Civil Veterinary Department Bengal reports 1933-51 - 1933-1951
Year: 1933
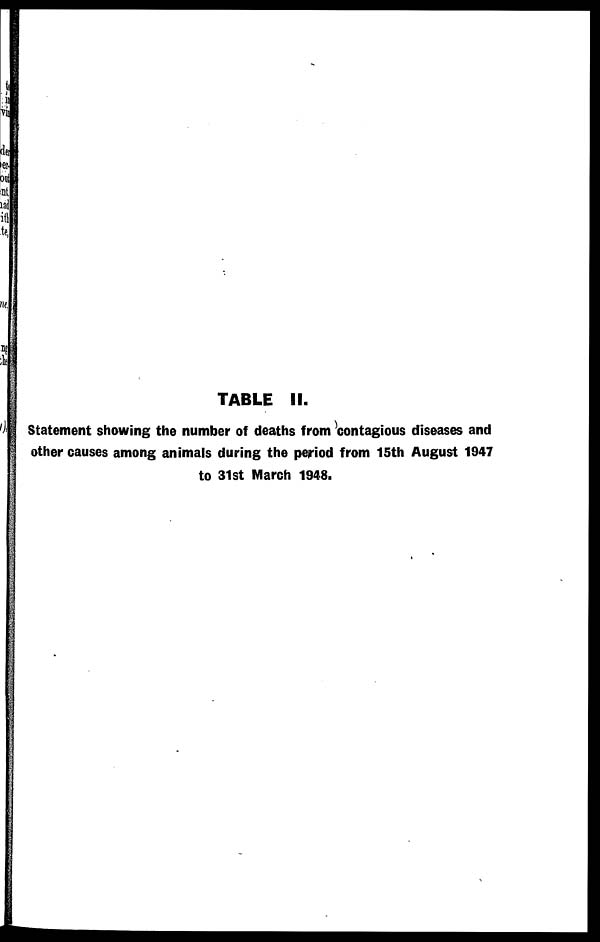
TABLE II.
Statement showing the number of deaths from contagious diseases and
other causes among animals during the period from 15th August 1947
to 31st March 1948.